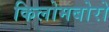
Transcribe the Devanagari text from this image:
किलोमबोरो